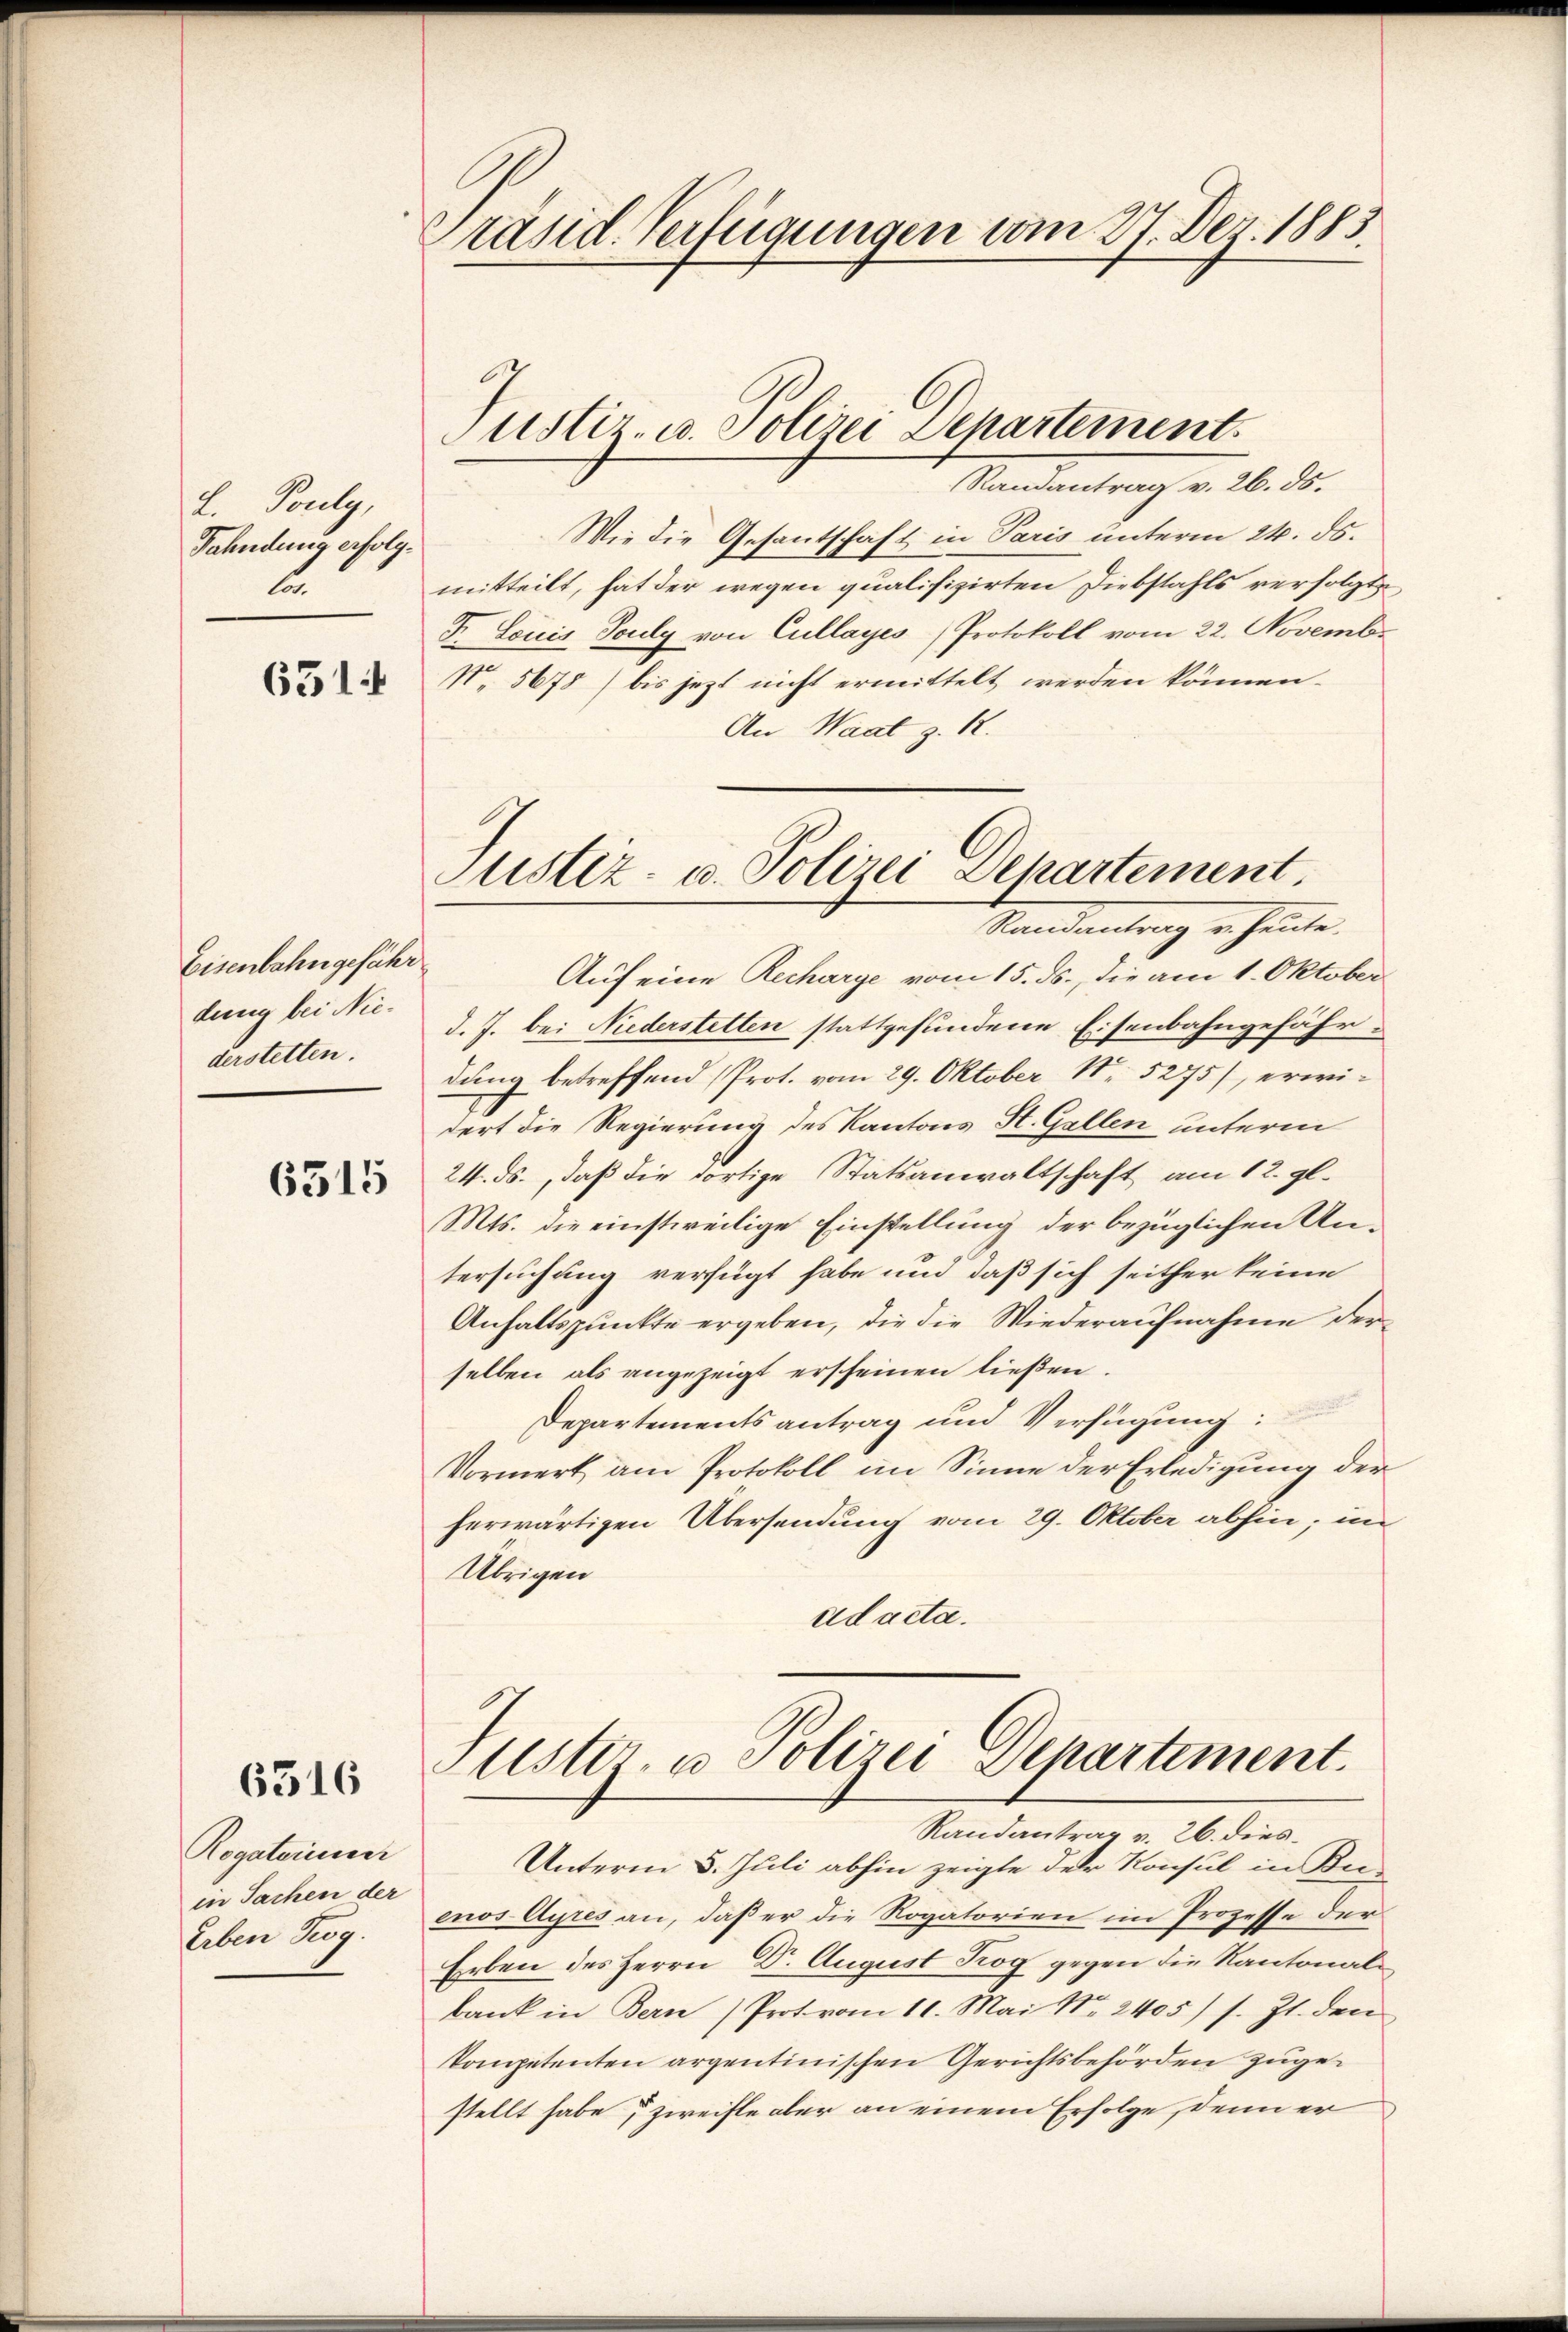
L. Pouly,
Fahndung erfolg¬
A

651

Eisenbahngefähr
dung bei Niederstetten.

6315

6316

Rogatorisier
in Sachen der
Erben Bog

Präsid. Verfügungen vom 27. Dez. 1883.

Justiz- u. Polizei Departement.

Randantrag v. 26. ds.
Wie die Gesantschaft in Paris unterm 24. ds.
mitteilt, hat der wegen qualifizirten Diebstahls verfolgte
Fr. Louis Fouly von Cullayes Protokoll vom 22. Novembr
No. 5678) bis jezt nicht ermittelt werden können.
An Waat z. R.

Justiz- u. Polizei Departement.

Randantrag v. Heute.
Auf eine Recharge vom 15. ds., die am 1. Oktober
d. J. bei Niederstetten stattgefundene Eisenbahngefähr
dung betreffend (Prot. vom 29. Oktober No 5275), erwidert die Regierung des Kantons St. Gallen unterm
24. ds., daß die dortige Statsanwaltschaft am 12. gl.
Mts. die einstweilige Einstellung der bezüglichen Untersuchung verfügt habe und daß sich seither keine
Anhaltspunkte ergeben, die die Wiederaufnahme der
selben als angezeigt erscheinen ließen.
Departements antrag und Verfügung:
Vormerk am Protokoll im Sinne der Erledigung der
herwärtigen Übersendung vom 29. Oktober abhin; in
Übrigen
ad acta.

Justiz- u Polizei Departement.

Randantrag v. 26. dies
Unterm 5. Juli abhin zeigte der Konsul in Be-
enos Ayres an, daß er die Rogatorien im Prozesse der
Erben des Herrn Dr. August Trog gegen die Kantonale
bank in Bern (Prot vom 11. Mai Nr. 2405) s. Zt. den
kompetenten argentinischen Gerichtsbehörden zugestellt habe; zweifle aber an einem Erfolge, denn er